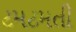
ટમટમતી